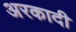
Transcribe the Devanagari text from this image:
अरकादी